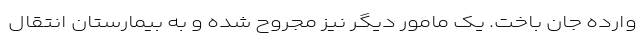
وارده جان باخت. یک مامور دیگر نیز مجروح شده و به بیمارستان انتقال